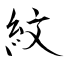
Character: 紋